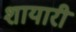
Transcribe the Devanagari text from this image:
शायारी